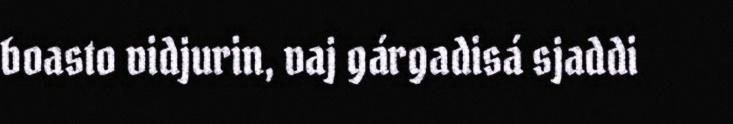
boasto vidjurin, vaj gárgadisá sjaddi